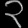
Digit: ၃